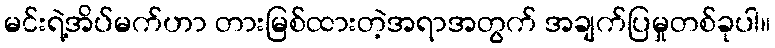
မင်းရဲ့အိပ်မက်ဟာ တားမြစ်ထားတဲ့အရာအတွက် အချက်ပြမှုတစ်ခုပါ။